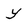
Character: y